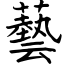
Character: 藝